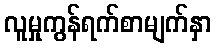
လူမှုကွန်ရက်စာမျက်နှာ